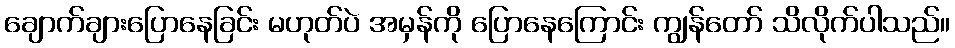
ချောက်ချားပြောနေခြင်း မဟုတ်ပဲ အမှန်ကို ပြောနေကြောင်း ကျွန်တော် သိလိုက်ပါသည်။